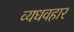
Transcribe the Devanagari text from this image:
व्यधवहार